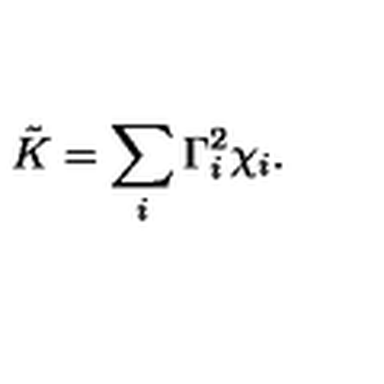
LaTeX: \tilde { K } = \sum _ { i } \Gamma _ { i } ^ { 2 } \chi _ { i } .